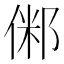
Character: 𠋇